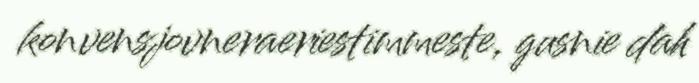
konvensjovneraeriestimmeste, gusnie dah